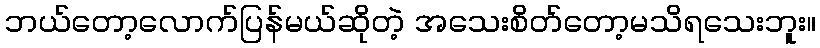
ဘယ်တော့လောက်ပြန်မယ်ဆိုတဲ့ အသေးစိတ်တော့မသိရသေးဘူး။